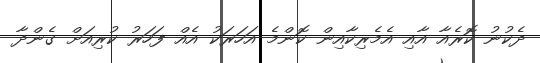
ދެކުނު ކޮރެއާ އާއި އެމެރިކާއިން ކޮންމެ އަހަރަކު އެއް ފަހަރު ކުރިއަށް ގެންދާ